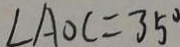
\angle A O C = 3 5 ^ { \circ }